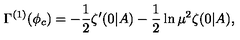
\Gamma ^ { ( 1 ) } ( \phi _ { c } ) = - \frac 1 2 \zeta ^ { \prime } ( 0 | A ) - \frac 1 2 \ln \mu ^ { 2 } \zeta ( 0 | A ) ,